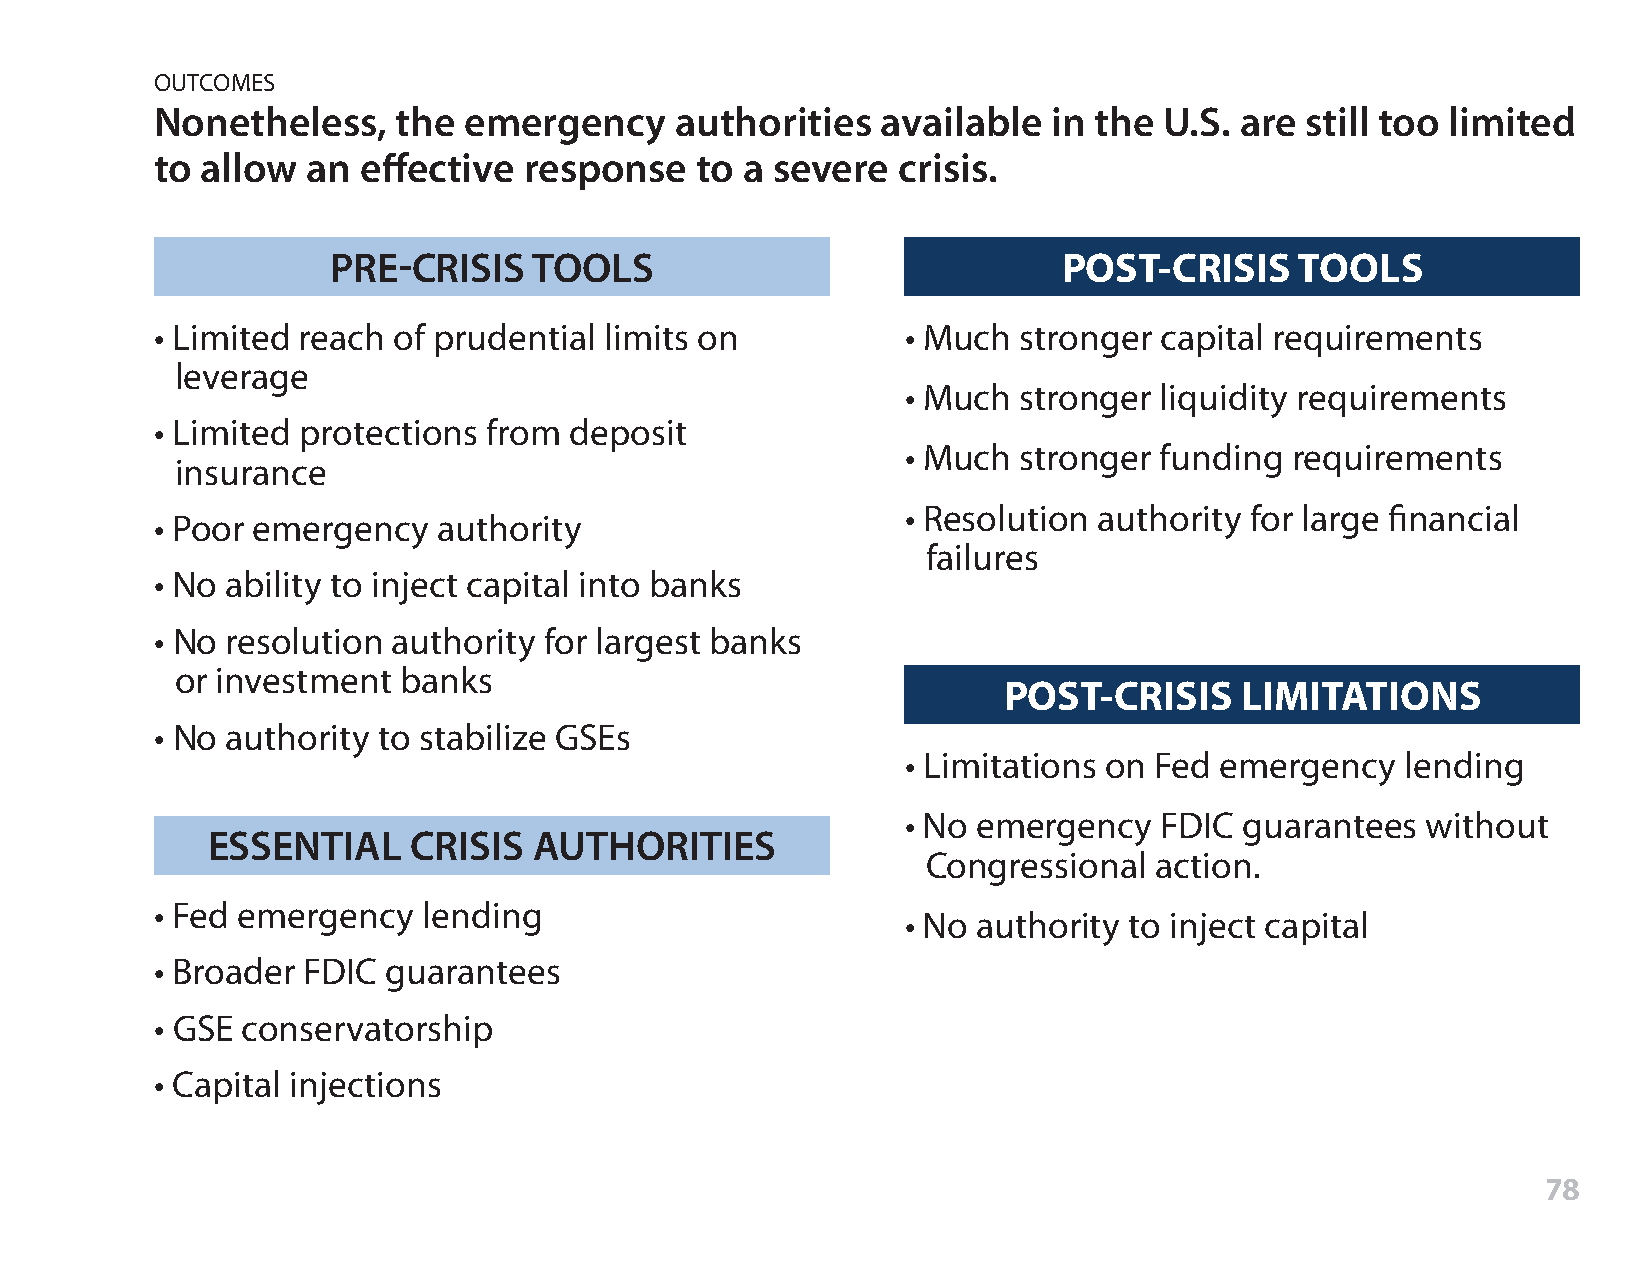
OUTCOMES
 Nonetheless,    the  emergency     authorities  available   in the U.S. are still too limited
 to allow  an  effective  response   to a severe  crisis.
 PRE-CRISIS   TOOLS                              POST-CRISIS     TOOLS
 • Limited reach of prudential limits on           • Much stronger  capital requirements
 leverage
 • Much stronger  liquidity requirements
 • Limited protections from  deposit
 • Much stronger  funding  requirements
 insurance
 • Resolution authority for large financial
 • Poor emergency   authority
 failures
 • No ability to inject capital into banks
 • No resolution authority for largest banks
 or investment banks
 POST-CRISIS     LIMITATIONS
 • No authority to stabilize GSEs
 • Limitations on Fed emergency   lending
 • No emergency   FDIC guarantees  without
 ESSENTIAL    CRISIS  AUTHORITIES
 Congressional  action.
 • Fed emergency   lending
 • No authority to inject capital
 • Broader FDIC  guarantees
 • GSE conservatorship
 • Capital injections
 78